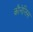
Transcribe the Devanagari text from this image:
कौनेलिस